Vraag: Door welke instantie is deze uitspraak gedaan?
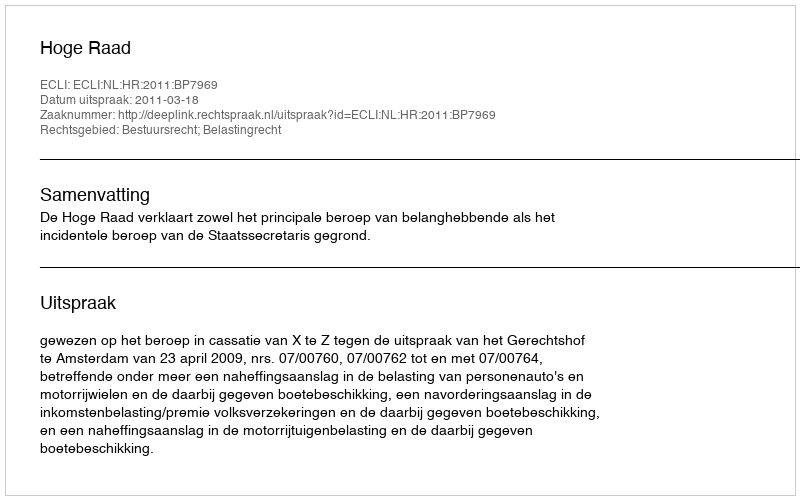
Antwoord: Hoge Raad